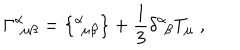
LaTeX: \Gamma ^ { \alpha } { } _ { \! \mu \beta } = \big \{ { } ^ { \alpha } { } _ { \! \mu \beta } \big \} + \frac { 1 } { 3 } \delta ^ { \alpha } { } _ { \! \beta } T _ { \mu } \; ,